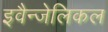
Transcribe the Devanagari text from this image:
इवैन्जेलिकल